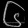
Digit: ၆